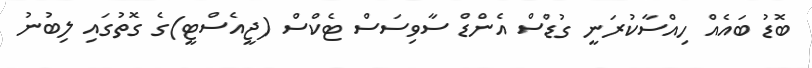
ބޮޑު ބައެއް ހިއްސާކުރަނީ ގުޑްސް އެންޑް ސާވިސަސް ޓެކްސް (ޖީއެސްޓީ)ގެ ގޮތުގައި ލިބުނު